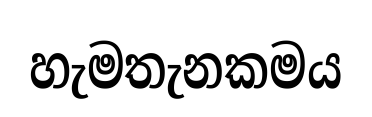
හැමතැනකමය